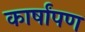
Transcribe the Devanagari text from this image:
कार्षांपण